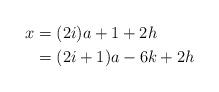
LaTeX: \begin{align*}x & = (2i) a + 1 + 2 h \\& = (2i+1) a - 6 k + 2 h\end{align*}